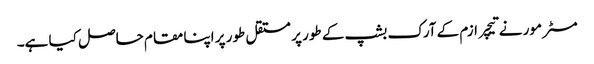
مسٹر مور نے تیچر ازم کے آرک بشپ کے طور پر مستقل طور پر اپنا مقام حاصل کیا ہے۔